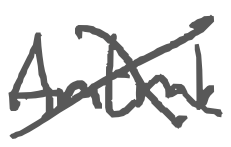
Text: Amtrak
Cross-out: cross
Writing tool: digital_gray